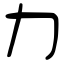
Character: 力